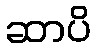
ဆာပိ